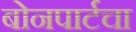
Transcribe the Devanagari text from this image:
बोनपार्टचा